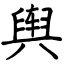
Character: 舆